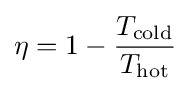
\eta =1-{\frac {T_{\text{cold}}}{T_{\text{hot}}}}